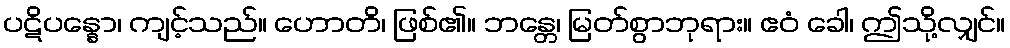
ပဋိပန္နော၊ ကျင့်သည်။ ဟောတိ၊ ဖြစ်၏။ ဘန္တေ၊ မြတ်စွာဘုရား။ ဧဝံ ခေါ၊ ဤသို့လျှင်။